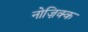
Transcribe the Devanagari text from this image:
नोज़िक्क